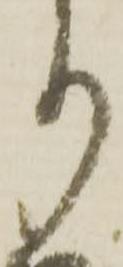
り